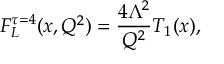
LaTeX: F _ { L } ^ { \tau = 4 } ( x , Q ^ { 2 } ) = \frac { 4 \Lambda ^ { 2 } } { Q ^ { 2 } } T _ { 1 } ( x ) ,